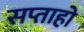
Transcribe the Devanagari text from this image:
सप्ताहो